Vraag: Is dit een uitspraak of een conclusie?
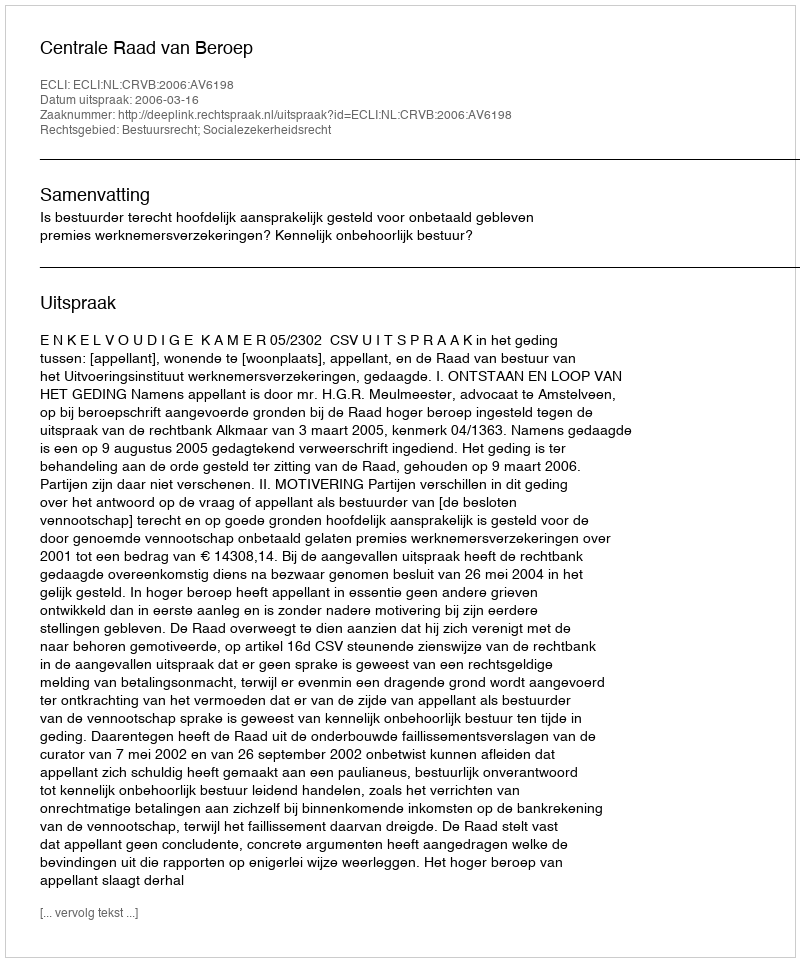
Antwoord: Uitspraak